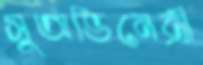
সুঅভিনেত্রী